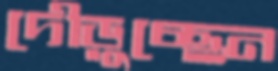
দৌড়ুচ্ছেন